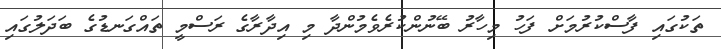
ތަކުގައި ފާސްކުރުމަށް ފަހު މިހާރު ބޭނުންކުރެވެމުންދާ މި އިދާރާގެ ރަސްމީ ތައްގަނޑުގެ ބަދަލުގައި